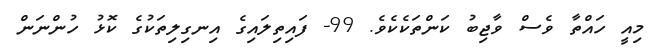
މިއީ ހައްތާ ވެސް ވާޖިބު ކަންތަކެކެވެ. 99- ފައިތިލައިގެ އިނގިލިތަކުގެ ކޮޅު ހުންނަން